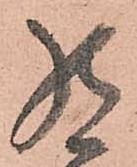
罷